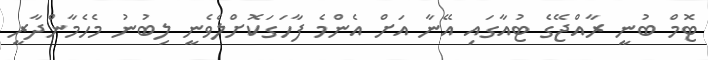
ޓޮމް ބުނީ ރާއްޖޭގެ ޓުއާގައި އޭނާ އަށް އެންމެ ފާހަގަކޮށްލެވެނީ ލިބުނު މެހެމާންދާރީ